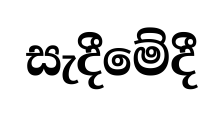
සැදීමේදී